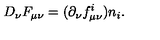
D _ { \nu } F _ { \mu \nu } = ( \partial _ { \nu } f _ { \mu \nu } ^ { i } ) n _ { i } .